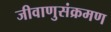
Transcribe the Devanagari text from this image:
जीवाणुसंक्रमण